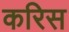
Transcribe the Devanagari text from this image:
करिस